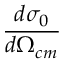
\frac { d \sigma _ { 0 } } { d \Omega _ { c m } }